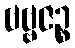
ဗဗ္ဗဇဉ္စ